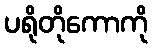
ပရိုတိုကောကို